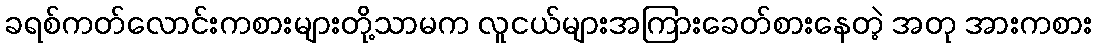
ခရစ်ကတ်လောင်းကစားများတို့သာမက လူငယ်များအကြားခေတ်စားနေတဲ့ အတု အားကစား